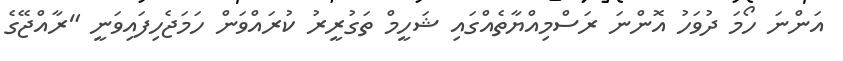
އަންނަ ހޯމަ ދުވަހު އޮންނަ ރަސްމިއްޔާތެއްގައި ޝަހީމް ތަގުރީރު ކުރައްވަން ހަމަޖެހިފައިވަނީ "ރާއްޖޭގެ